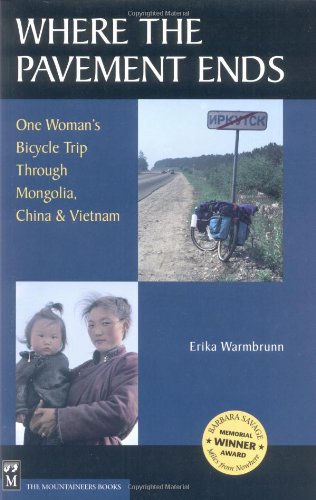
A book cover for Where the Pavement Ends: One Woman's Bicycle Trip Through Mongolia, China & Vietnam; Erika Warmbrunn; Travel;